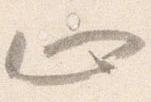
止